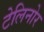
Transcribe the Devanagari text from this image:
टेलिनोर